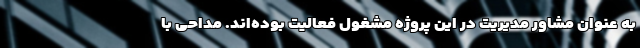
به عنوان مشاور مدیریت در این پروژه مشغول فعالیت بوده‌اند. مداحی با